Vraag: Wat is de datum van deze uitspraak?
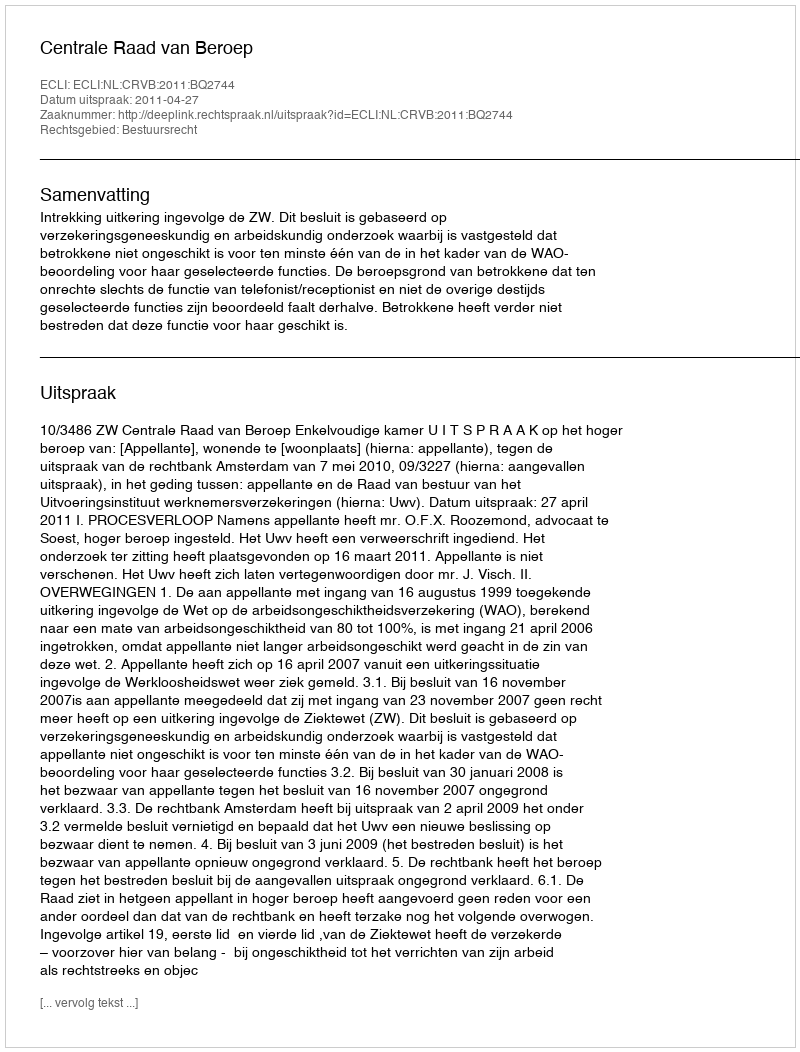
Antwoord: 2011-04-27